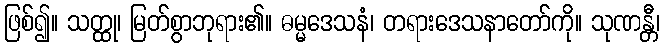
ဖြစ်၍။ သတ္ထု၊ မြတ်စွာဘုရား၏။ ဓမ္မဒေသနံ၊ တရားဒေသနာတော်ကို။ သုဏန္တီ၊